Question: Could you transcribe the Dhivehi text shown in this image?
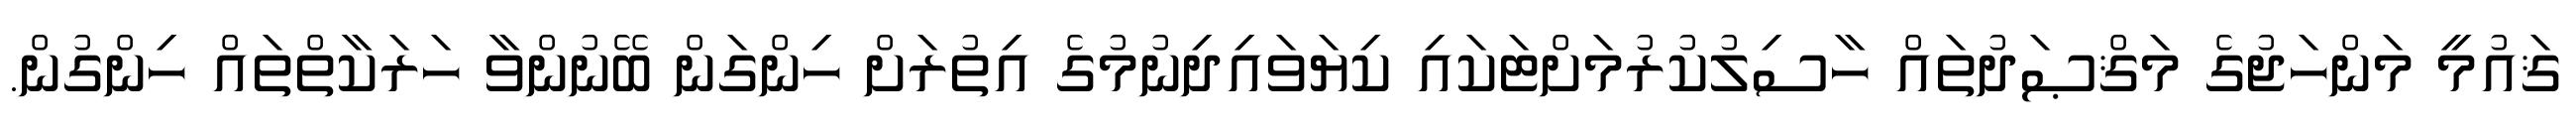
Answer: ޤައުމީ މަންހަޖުގެ މަޤްޞަދުތައް ހާސިލުކުރުމަށްޓަކައި ކިޔަވައިދިނުމުގެ އިތުރަށް ހިންގަން ބޭނުންވާ ހަރަކާތްތައް ހިންގުން.